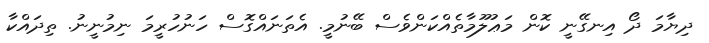
ދިޔާމަ ދޯ އިނގޭނީ ކޮން މަޢުލޫމާތެއްކަންވެސް ބޭނުމީ. އެތަނައްގޮސް ހަނުހުރީމަ ނިމުނީނު. ތިދައްކާ